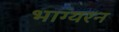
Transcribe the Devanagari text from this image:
भाग्यरन